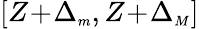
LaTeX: [Z\! +\! \Delta_{{\scriptscriptstyle m}},Z\! +\! \Delta_{{\scriptscriptstyle M}}]